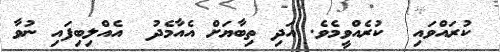
ކުރައްވައި  ކުރެއްވީމެވެ. އަދި ތިބާޔަށް އެއާމެދު  އެއްލިބިފައި ނުވާ